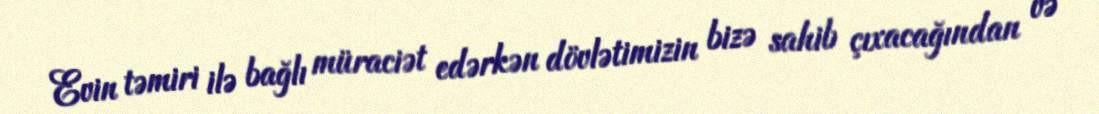
Evin təmiri ilə bağlı müraciət edərkən dövlətimizin bizə sahib çıxacağından və